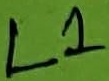
Text: L1